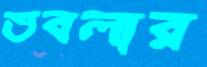
তবলার